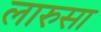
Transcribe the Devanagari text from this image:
लारुसा